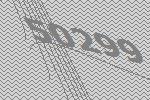
50299